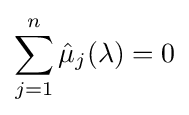
\sum _{j=1}^{n}{\hat {\mu }}_{j}(\lambda )=0